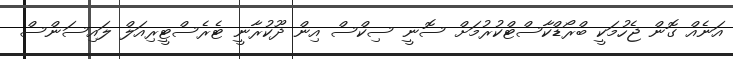
އަނެއް ގޮން ޖެހުމަކީ ބްރޯޑްކާސްޓްކުރުމަށް ސޮނީ ސިކްސް އިން ދޫކުރާނީ ޓެރެސްޓީރިއަލް ލައިސަންސް